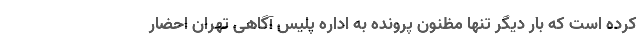
کرده است که بار دیگر تنها مظنون پرونده به اداره پلیس آگاهی تهران احضار